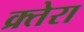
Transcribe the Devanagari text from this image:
क्र्तेरा